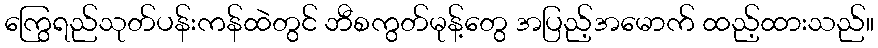
ကြွေရည်သုတ်ပန်းကန်ထဲတွင် ဘီစကွတ်မုန့်တွေ အပြည့်အမောက် ထည့်ထားသည်။